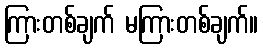
ကြားတစ်ချက် မကြားတစ်ချက်။